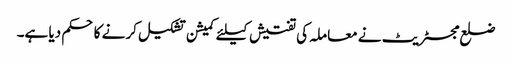
ضلع مجسٹریٹ نے معاملہ کی تفتیش کیلئے کمیشن تشکیل کرنے کا حکم دیا ہے۔